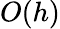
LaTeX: O(h)